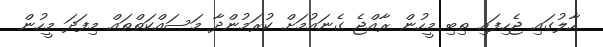
ހާލުގައި ޖެހިފައި ތިބި މީހުން ރާއްޖެ ގެނައުމަށް ކުރަމުންދާ މަސައްކަތްތައް މިފަދަ މީހުން